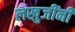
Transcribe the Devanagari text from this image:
लखुजींनी